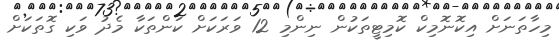
މިހާތަނަށް އިކޮނޮމިކް ކޮމިޓީތަކުން ނިންމި 12 ވަރަކަށް ކަންތަކާ މެދު ވަކި ގޮތަކަށް